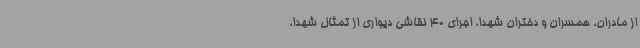
از مادران، همسران و دختران شهدا، اجرای 40 نقاشی دیواری از تمثال شهدا،